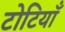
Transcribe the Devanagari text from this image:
टोटियाँ